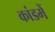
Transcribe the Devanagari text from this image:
कांडमें